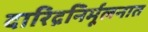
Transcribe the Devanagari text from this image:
दारिद्रनिर्मूलनात